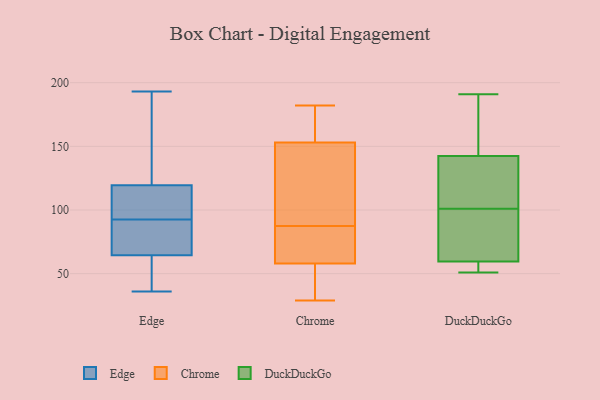
{"axis": {"x": "Humidity (%)", "y": "Value"}, "legend": ["Chrome", "DuckDuckGo", "Edge"], "data": [{"x": "", "y": 61, "type": "Edge"}, {"x": "", "y": 93, "type": "Edge"}, {"x": "", "y": 193, "type": "Edge"}, {"x": "", "y": 102, "type": "Edge"}, {"x": "", "y": 88, "type": "Edge"}, {"x": "", "y": 41, "type": "Edge"}, {"x": "", "y": 80, "type": "Edge"}, {"x": "", "y": 115, "type": "Edge"}, {"x": "", "y": 92, "type": "Edge"}, {"x": "", "y": 132, "type": "Edge"}, {"x": "", "y": 37, "type": "Edge"}, {"x": "", "y": 109, "type": "Edge"}, {"x": "", "y": 68, "type": "Edge"}, {"x": "", "y": 124, "type": "Edge"}, {"x": "", "y": 134, "type": "Edge"}, {"x": "", "y": 36, "type": "Edge"}, {"x": "", "y": 87, "type": "Chrome"}, {"x": "", "y": 29, "type": "Chrome"}, {"x": "", "y": 78, "type": "Chrome"}, {"x": "", "y": 92, "type": "Chrome"}, {"x": "", "y": 30, "type": "Chrome"}, {"x": "", "y": 168, "type": "Chrome"}, {"x": "", "y": 55, "type": "Chrome"}, {"x": "", "y": 146, "type": "Chrome"}, {"x": "", "y": 29, "type": "Chrome"}, {"x": "", "y": 32, "type": "Chrome"}, {"x": "", "y": 160, "type": "Chrome"}, {"x": "", "y": 91, "type": "Chrome"}, {"x": "", "y": 62, "type": "Chrome"}, {"x": "", "y": 178, "type": "Chrome"}, {"x": "", "y": 61, "type": "Chrome"}, {"x": "", "y": 180, "type": "Chrome"}, {"x": "", "y": 182, "type": "Chrome"}, {"x": "", "y": 70, "type": "Chrome"}, {"x": "", "y": 88, "type": "Chrome"}, {"x": "", "y": 103, "type": "Chrome"}, {"x": "", "y": 58, "type": "DuckDuckGo"}, {"x": "", "y": 114, "type": "DuckDuckGo"}, {"x": "", "y": 191, "type": "DuckDuckGo"}, {"x": "", "y": 51, "type": "DuckDuckGo"}, {"x": "", "y": 56, "type": "DuckDuckGo"}, {"x": "", "y": 64, "type": "DuckDuckGo"}, {"x": "", "y": 95, "type": "DuckDuckGo"}, {"x": "", "y": 152, "type": "DuckDuckGo"}, {"x": "", "y": 135, "type": "DuckDuckGo"}, {"x": "", "y": 79, "type": "DuckDuckGo"}, {"x": "", "y": 101, "type": "DuckDuckGo"}, {"x": "", "y": 145, "type": "DuckDuckGo"}, {"x": "", "y": 176, "type": "DuckDuckGo"}, {"x": "", "y": 110, "type": "DuckDuckGo"}, {"x": "", "y": 55, "type": "DuckDuckGo"}]}